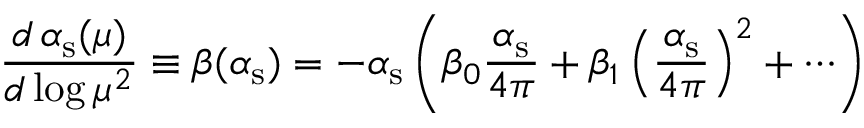
{ \frac { d \, \alpha _ { \mathrm { s } } ( \mu ) } { d \log \mu ^ { 2 } } } \equiv \beta ( \alpha _ { \mathrm { s } } ) = - \alpha _ { \mathrm { s } } \left( \beta _ { 0 } { \frac { \alpha _ { \mathrm { s } } } { 4 \pi } } + \beta _ { 1 } \left( { \frac { \alpha _ { \mathrm { s } } } { 4 \pi } } \right) ^ { 2 } + \cdots \right)